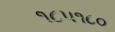
૧૮૫૧૮૦